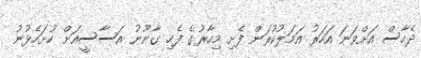
ދެހާސް އަށްވަނަ އަހަރު އަމަލުކުރަން ފެށި މިހާރުގެ ފެހި ގާނޫނު އަސާސީއަށް ހުށަހެޅުނު